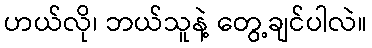
ဟယ်လို၊ ဘယ်သူနဲ့ တွေ့ချင်ပါလဲ။